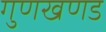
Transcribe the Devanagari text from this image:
गुणखणड